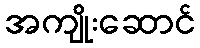
အကျိုးဆောင်